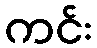
ကင်း